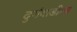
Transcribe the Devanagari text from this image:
दुर्गवाडीला